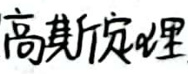
高斯定律